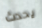
يحدث